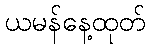
ယမန်နေ့ထုတ်